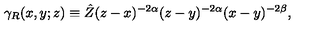
\gamma _ { R } ( x , y ; z ) \equiv \hat { Z } ( z - x ) ^ { - 2 \alpha } ( z - y ) ^ { - 2 \alpha } ( x - y ) ^ { - 2 \beta } ,